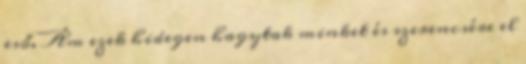
eső. Ám ezek hidegen hagytak minket és szerencsére el